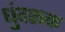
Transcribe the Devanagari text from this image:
धुंदरूक